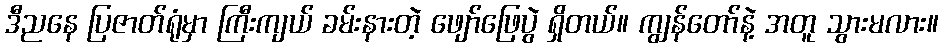
ဒီညနေ ပြဇာတ်ရုံမှာ ကြီးကျယ် ခမ်းနားတဲ့ ဖျော်ဖြေပွဲ ရှိတယ်။ ကျွန်တော်နဲ့ အတူ သွားမလား။